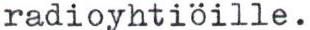
radioyhtiöille.